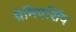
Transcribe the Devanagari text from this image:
प्रेमिएर्शिप